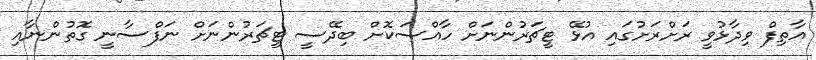
އާތިފް ވިދާޅުވީ ރަށްރަށުގައި އުޅޭ ޓީޗަރުންނަށް ހާއްސަކޮށް ބިދޭސީ ޓީޗަރުންނަށް ނަފްސާނީ ގޮތުންނާއި